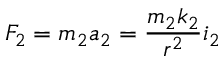
F _ { 2 } = m _ { 2 } a _ { 2 } = { \frac { m _ { 2 } k _ { 2 } } { r ^ { 2 } } } i _ { 2 }